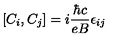
\left[ C _ { i } , C _ { j } \right] = i \frac { \hbar c } { e B } \epsilon _ { i j }